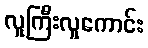
လူကြီးလူကောင်း